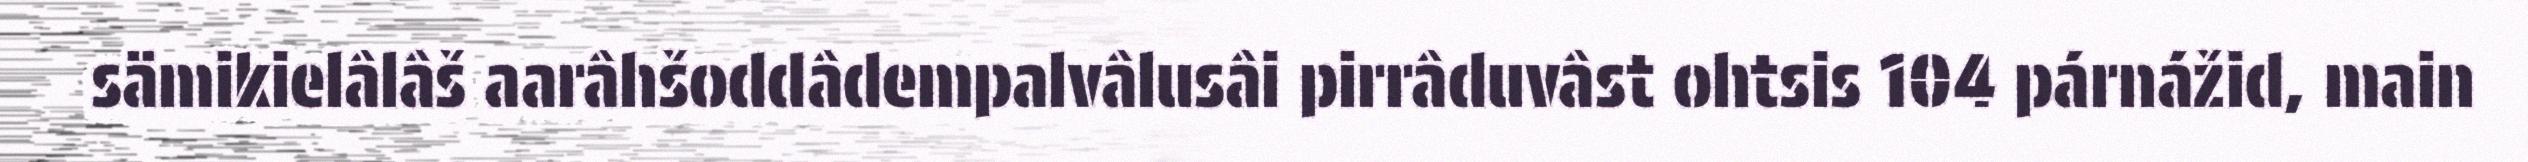
sämikielâlâš aarâhšoddâdempalvâlusâi pirrâduvâst ohtsis 104 párnážid, main